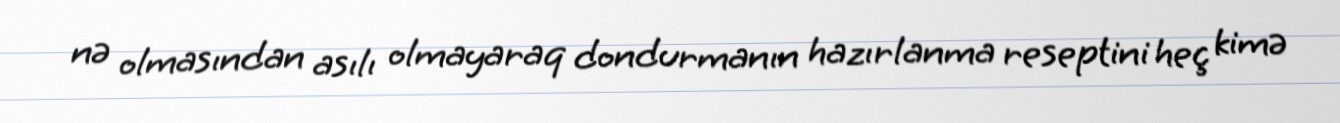
nə olmasından asılı olmayaraq dondurmanın hazırlanma reseptini heç kimə